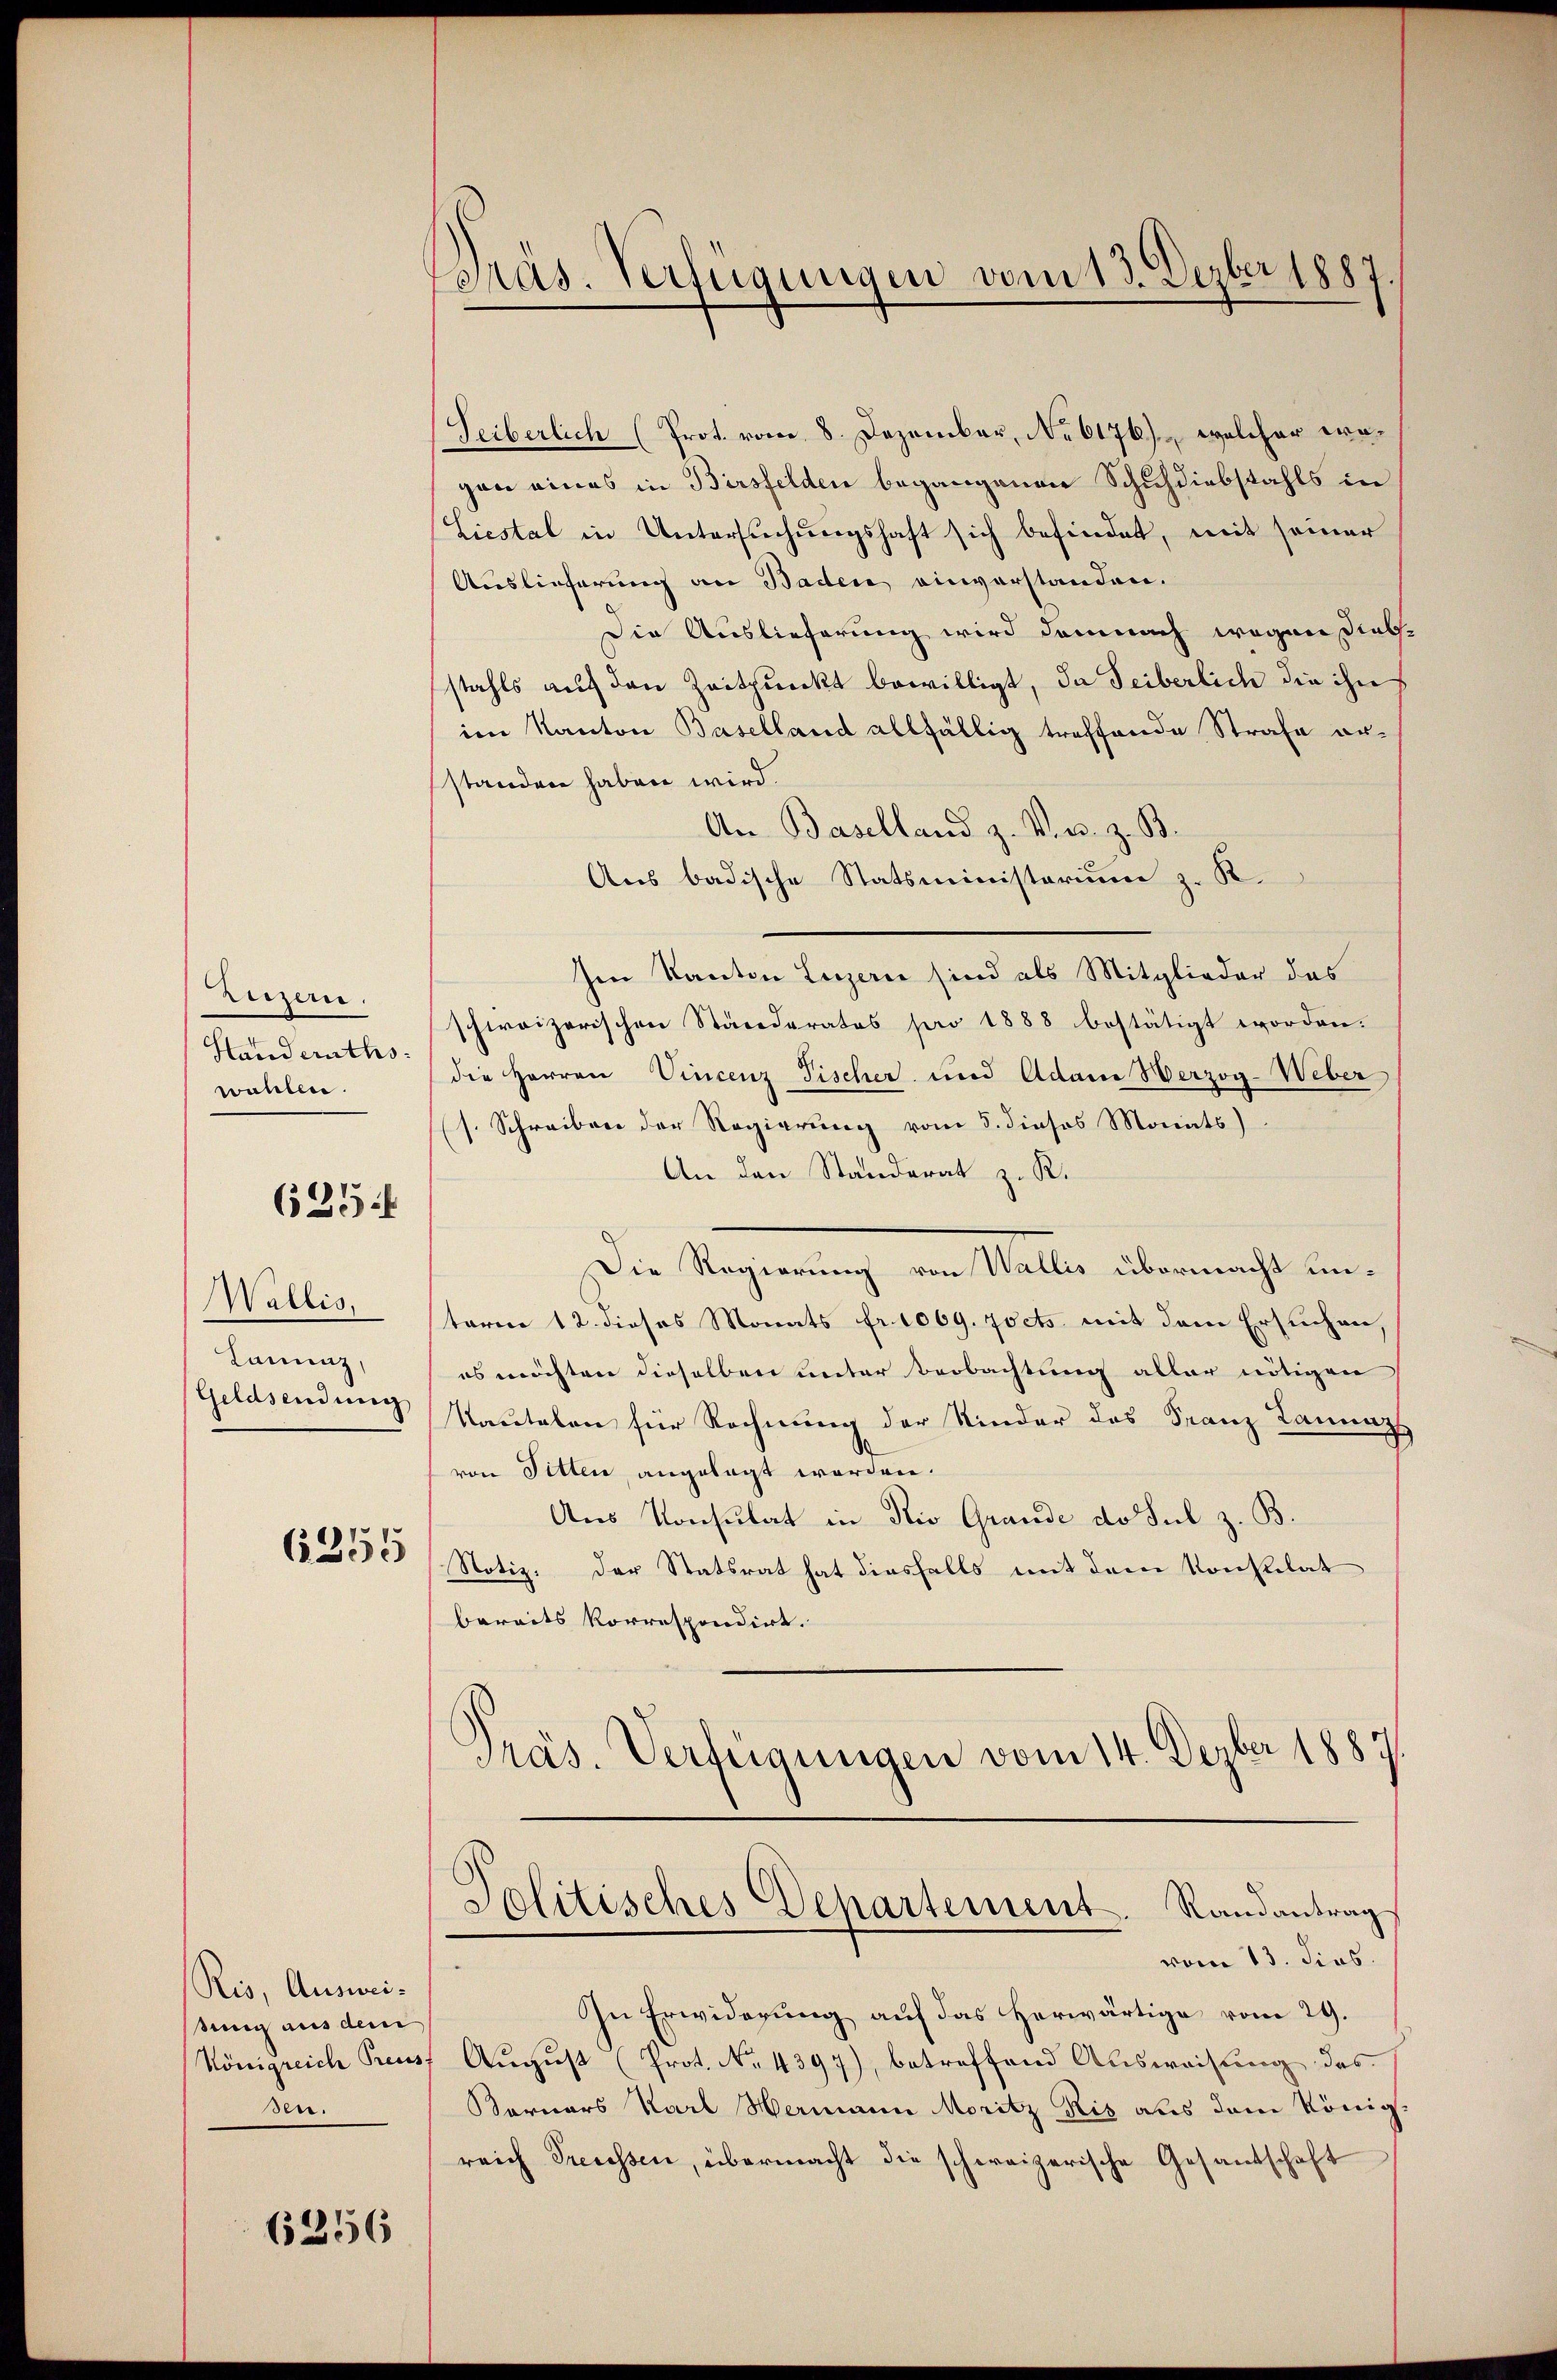
Ritzern.
Standeraths
wollen.

635

Wallis,
Lanunz,
Geldsendung

62251

Ris, Ausweissung aus dem
Königreich Preu
sen.

6256

Präs. Verfügungen vom 13. Dezber 1887

Seiberlich (Prot. vom 8. Dezember, No 6176), welcher wegan eines in Birsfelden begangenen Schuldiebstahls in
Liestal in Untersŭchŭngshaft sich befindet, mit seiner
Auslieferung an Baden einverstanden.
Die Auslieferung wird demnach wegen Diebstahls auf den Zeitpunkt bewilligt, da Leiberlich die ihn
im Kanton Baselland allfällig treffende Strafe erstanden haben wird.
An Baselland z. Ven. z. B.
Aus badische Statsministerium z. R.
en Kanton Luzern sind als Mitglieder das
schweizerischen Ständerates pro 1888 bestätigt worden.
die Herren Vincenz Fischer und Adam Herzog-Weber
s. Schreiben der Regierung vom 5. dieses Monats
An den Standerat z. R.
Die Regierung von Wallis übermacht untaren 12. dieses Monats fr. 1069. zocts mit dem Ersuchen
es möchten dieselben unter Beobachtung aller nötigen
Kautelen für Rechnung der Kinder des Franz Lannazz
von Pitten, angelegt worden.
Aus Konsulat in Rio Grande do sul z. B.
Notiz: der Statsrat hat diesfalls mit dem Konstilat
bereits korrespondirt.
Präs. Verfügungen vom 14. Dezber 1887
Solitisches Departement. Randantrag
vom 13. dies.
In Erwiderung auf das herwärtige vom 29.
August (Prot. No. 4397), betreffend Ausweisung des
Bornars Karl Hermann Moritz Ris aus dem König
reich Trecessen, übermacht die schweizerische Gesandschaft